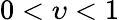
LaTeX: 0<\upsilon<1